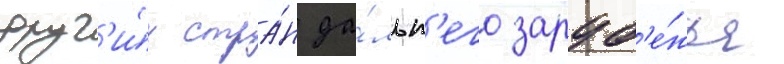
друг'и́х стра́н да́льн'его заруб'е́жья